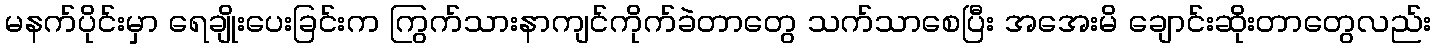
မနက်ပိုင်းမှာ ရေချိုးပေးခြင်းက ကြွက်သားနာကျင်ကိုက်ခဲတာတွေ သက်သာစေပြီး အအေးမိ ချောင်းဆိုးတာတွေလည်း